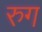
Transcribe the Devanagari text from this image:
रुग